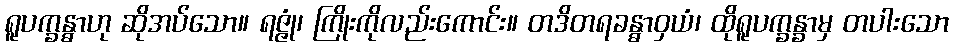
ရူပက္ခန္ဓာဟု ဆိုအပ်သော။ ရဇ္ဇုံ၊ ကြိုးကိုလည်းကောင်း။ တဒိတရခန္ဓာဝှယံ၊ ထိုရူပက္ခန္ခာမှ တပါးသော